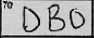
Transcription: DBO